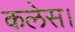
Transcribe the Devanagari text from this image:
कलेस।